system: You are a helpful assistant.
user:
Analyze the provided spectrum to determine if it is a **"Cataclysmic Variables (CV)"**.

- **Key Indicators for CV (Check for either state):**
    - **State 1: Quiescent / Low-State (Emission-Dominated)**
        - **(Primary):** Strong and *very broad* Hydrogen Balmer emission lines (e.g., $H\alpha$ at 6563 Å, $H\beta$ at 4861 Å). The 'broadness' (high velocity dispersion, often FWHM > 1000 km/s) is the key diagnostic, indicating a high-velocity accretion disk.
        - **(Secondary):** Broad neutral Helium (He I) emission lines (e.g., 5876 Å, 6678 Å).
        - **(Key Confirmation):** Presence of high-excitation *ionized* Helium (He II) emission at 4686 Å. This is a strong indicator of accretion onto a white dwarf.
        - **(Line Profile):** Emission lines may exhibit a 'double-peaked' profile, which is a classic signature of a rotating accretion disk viewed at high inclination.

    - **State 2: Outburst / High-State (Absorption-Dominated)**
        - **(Primary):** Spectrum is dominated by a bright, blue continuum (looks like a hot star).
        - **(Secondary):** The emission lines from State 1 are weak, absent, or 'filled in', and are replaced by broad, shallow *absorption* lines (primarily Balmer and He I).
        - **(Morphology):** The overall spectrum mimics a hot B/A-type star. The crucial difference is that the absorption lines are significantly broader, shallower, and more 'washed-out' (or 'smeared') than the sharp lines of a normal stellar photosphere, due to high rotational speeds and pressure broadening in the disk.

Think first, call **spectral_visualization_tool** if needed to examine features in detail, then provide your final answer. Your response must adhere to the following strict rules:
1.  **Overall Structure:** Your response must follow the format `<think>...</think> <tool_call>...</tool_call> (if a tool is used) <answer>...</answer>`.
2.  **Tool Usage Constraint:** You may only make **one** tool call per turn.
3.  **Final Answer Format:** In the `<answer>` tag, your conclusion must be inside a `\boxed{}` command (e.g., `\boxed{YES}`), followed by your justification.

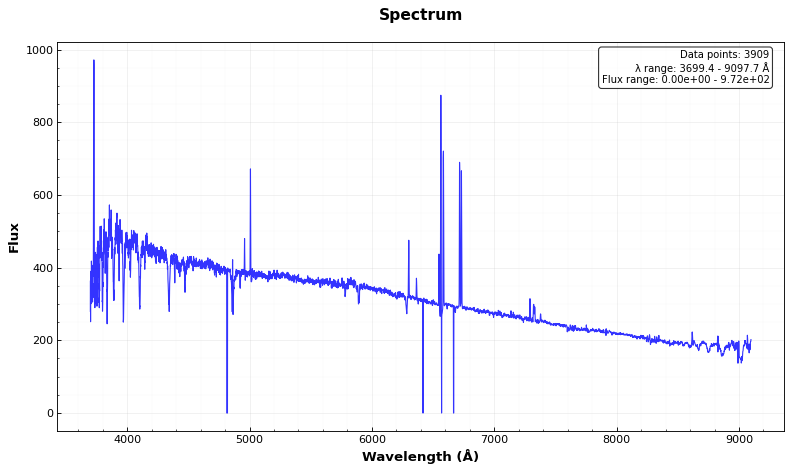
Answer: NO